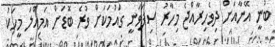
ބުނީ އޭނާއަށް ދިވެހިރާއްޖެ މިހާރު ސިފަވަނީ ގައުމަކަށް ވުރެ ބޮޑަށް އަމިއްލަ މީހަކު